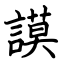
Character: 謨